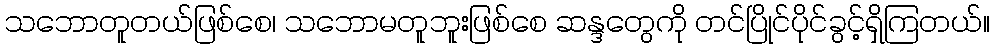
သဘောတူတယ်ဖြစ်စေ၊ သဘောမတူဘူးဖြစ်စေ ဆန္ဒတွေကို တင်ပြိုင်ပိုင်ခွင့်ရှိကြတယ်။